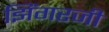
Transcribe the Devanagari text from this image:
झिंगरजी